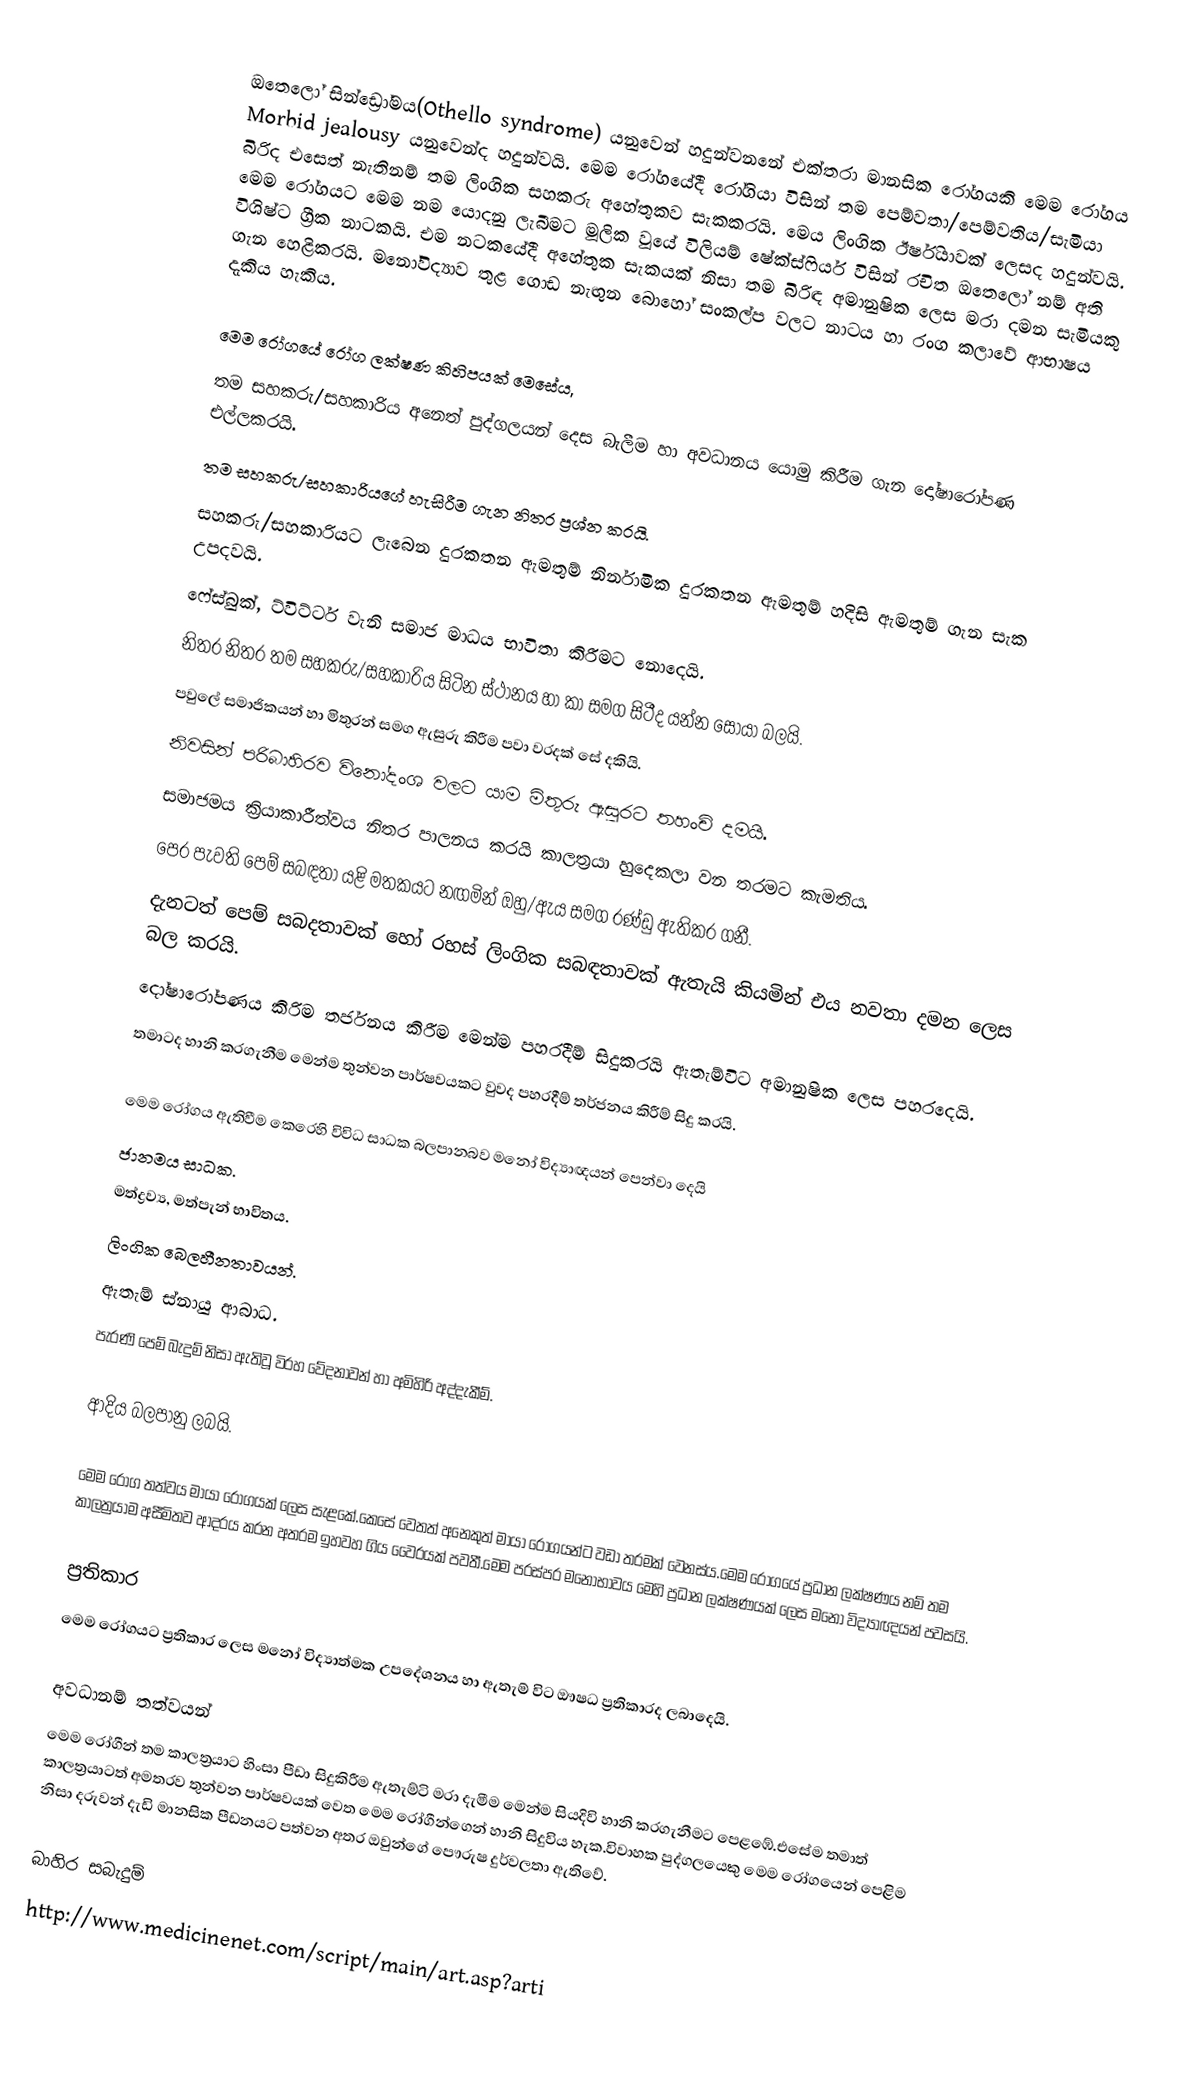
ඔතෙලෝ සින්ඩ්‍රෝමය(Othello syndrome) යනුවෙන් හදුන්වනනේ එක්තරා මානසික රෝගයකි මෙම රෝගය Morbid jealousy යනුවෙන්ද හදුන්වයි. මෙම රෝගයේදී රෝගියා විසින් තම පෙම්වතා/පෙම්වතිය/සැමියා බිරිද එසෙත් නැතිනම් තම ලිංගික සහකරු අහේතුකව සැකකරයි. මෙය ලිංගික ඊර්ෂියාවක් ලෙසද හදුන්වයි. මෙම රෝගයට මෙම නම යොදනු ලැබීමට මූලික වූයේ විලියම් ෂේක්ස්ෆි‍යර් විසින් රචිත ඔතෙලෝ නම් අති විශිෂ්ට ග්‍රීක නාටකයි. එම නටකයේදී අහේතුක සැකයක් නිසා තම බිරිඳ අමානුෂික ලෙස මරා දමන සැමියකු ගැන හෙළිකරයි. මනෝවිද්‍යාව තුළ ගොඩ නැඟුන බොහෝ සංකල්ප වලට නාටය හා රංග කලාවේ ආභාෂය දැකිය හැකිය.

මෙම රෝගයේ රෝග ලක්ෂණ කිහිපයක් මෙසේය,
 තම සහකරු/සහකාරිය අනෙත් පුද්ගලයන් දෙස බැලීම හා අවධානය යොමු කිරීම ගැන දෝෂාරෝපණ එල්ලකරයි.
 තම සහකරු/සහකාරියගේ හැසිරීම ගැන නිතර ප්‍රශ්න කරයි.
 සහකරු/සහකාරියට ලැබෙන දුරකතන ඇමතුම් නිර්නාමික දුරකතන ඇමතුම් හදිසි ඇමතුම් ගැන සැක උපදවයි.
 ෆේස්බුක්, ට්විට්ටර් වැනි සමාජ මාධය භාවිතා කිරීමට නොදෙයි.
 නිතර නිතර තම සහකරු/සහකාරිය සිටින ස්ථානය හා කා සමග සිටීද යන්න සොයා බලයි.
 පවුලේ සමාජිකයන් හා මිතුරන් සමග ඇසුරු කිරීම පවා වරදක් සේ දකියි.
 නිවසින් පරිබාහිරව විනෝදංශ වලට යාම මිතුරු ඇසුරට තහංචි දමයි.
 සමාජමය ක්‍රියාකාරීත්වය නිතර පාලනය කරයි කාලත්‍රයා හුදෙකලා වන තරමට කැමතිය.
 පෙර පැවති පෙම් සබඳතා යළි මතකයට නඟමින් ඔහු/ඇය සමග රණ්ඩු ඇතිකර ගනී.
 දැනටත් පෙම් සබදතාවක් හෝ රහස් ලිංගික සබඳතාවක් ඇතැයි කියමින් එය නවතා දමන ලෙස බල කරයි.
 දෝෂාරෝපණය කිරිම තර්ජනය කිරීම මෙන්ම පහරදීම් සිදුකරයි ඇතැම්විට අමානුෂික ලෙස පහරදෙයි.
 තමාටද හානි කරගැනීම මෙන්ම තුන්වන පාර්ෂවයකට වුවද පහරදීම් තර්ජනය කිරීම් සිදු කරයි.

මෙම රෝගය ඇතිවීම කෙරෙහි විවිධ සාධක බලපානබව මනෝ විද්‍යාඥයන් පෙන්වා දෙයි
 ජානමය සාධක.
 මත්ද්‍රව්‍ය, මත්පැන් භාවිතය.
 ලිංගික බෙලහීනතාවයන්.
 ඇතැම් ස්නායු ආබාධ.
 පැරණි පෙම් බැදුම් නිසා ඇතිවූ විරහ වේදනාවන් හා අමිහිරි අද්දැකීම්.

ආදිය බලපානු ලබයි.

මෙම රෝග තත්වය මායා රෝගයක් ලෙස සැළකේ.කෙසේ වෙතත් අනෙකුත් මායා රෝගයන්ට වඩා තරමක් වෙනස්ය.මෙම රෝගයේ ප්‍රධාන ලක්ෂණය නම් තම කාලත්‍රයාම අසීමිතව ආදරය කරන අතරම ඉහවහ ගිය වෛරයක් පවතී.මෙම පරස්පර මනෝභාවය මෙහි ප්‍රධාන ලක්ෂණයක් ලෙස මනෝ විද්‍යාඥයන් පවසයි.

ප්‍රතිකාර
මෙම රෝගයට ප්‍රතිකාර ලෙස මනෝ විද්‍යාත්මක උපදේශනය හා ඇතැම් විට ඖෂධ ප්‍රතිකාරද ලබාදෙයි.

අවධානම් තත්වයන්
මෙම රෝගීන් තම කාලත්‍රයාට හිංසා පීඩා සිදුකිරීම ඇතැම්ටි මරා දැමීම මෙන්ම සියදිවි හානි කරගැනීමට පෙළඹේ.එසේම තමාත් කාලත්‍රයාටත් අමතරව තුන්වන පාර්ෂවයක් වෙත මෙම රෝගීන්ගෙන් හානි සිදුවිය හැක.විවාහක පුද්ගලයෙකු මෙම රෝගයෙන් පෙළිම නිසා දරුවන් දැඩි මානසික පීඩනයට පත්වන අතර ඔවුන්ගේ පෞරුෂ දුර්වලතා ඇතිවේ.

බාහිර සබැදුම්
  http://www.medicinenet.com/script/main/art.asp?arti